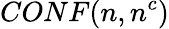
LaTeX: CONF(n,n^{c})